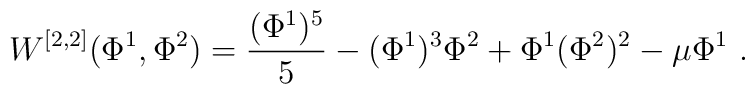
W^{[2,2]}(\Phi^1,\Phi^2)={(\Phi^1)^5 \over 5}-(\Phi^1)^3\Phi^2 +\Phi^1 (\Phi^2)^2 -\mu\Phi^1~.